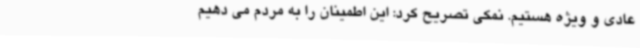
عادی و ویژه هستیم. نمکی تصریح کرد: این اطمینان را به مردم می دهیم